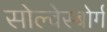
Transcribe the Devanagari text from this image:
सोल्वेस्बोर्ग